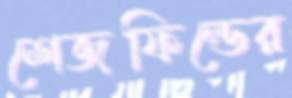
শেজফিল্ডের